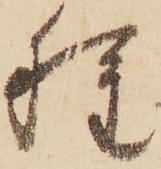
種